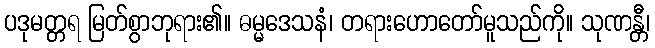
ပဒုမတ္တရ မြတ်စွာဘုရား၏။ ဓမ္မဒေသနံ၊ တရားဟောတော်မူသည်ကို။ သုဏန္တီ၊